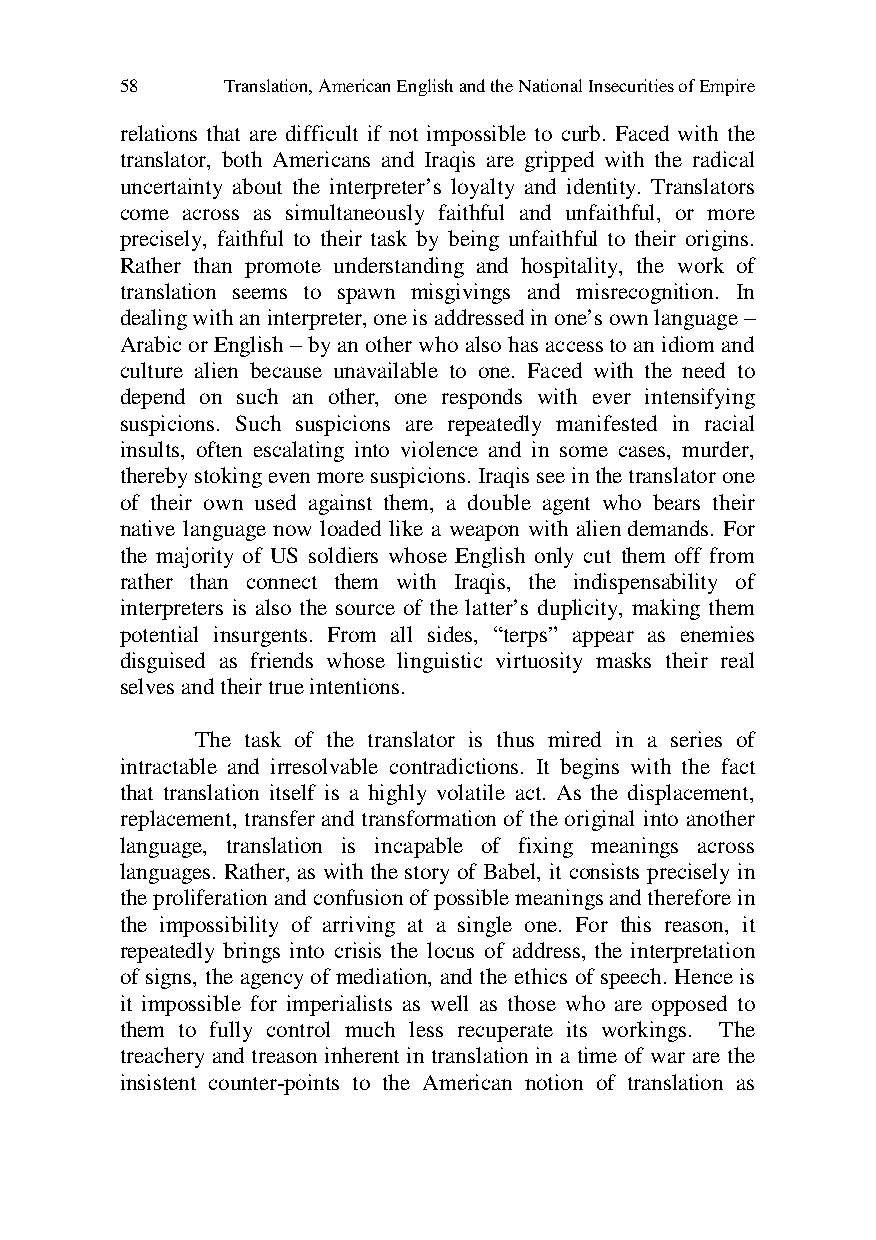
58     Translation, American English and the National Insecurities of Empire
 relations that are difficult if not impossible to curb. Faced with the
 translator, both Americans and Iraqis are gripped with the radical
 uncertainty about the interpreter’s loyalty and identity. Translators
 come across as simultaneously faithful and unfaithful, or more
 precisely, faithful to their task by being unfaithful to their origins.
 Rather than promote understanding and hospitality, the work of
 translation seems to spawn misgivings and misrecognition. In
 dealing with an interpreter, one is addressed in one’s own language –
 Arabic or English – by an other who also has access to an idiom and
 culture alien because unavailable to one. Faced with the need to
 depend on such an other, one responds with ever intensifying
 suspicions. Such suspicions are repeatedly manifested in racial
 insults, often escalating into violence and in some cases, murder,
 thereby stoking even more suspicions. Iraqis see in the translator one
 of their own used against them, a double agent who bears their
 native language now loaded like a weapon with alien demands. For
 the majority of US soldiers whose English only cut them off from
 rather than connect them with Iraqis, the indispensability of
 interpreters is also the source of the latter’s duplicity, making them
 potential insurgents. From all sides, “terps” appear as enemies
 disguised as friends whose linguistic virtuosity masks their real
 selves and their true intentions.
 The task of the translator is thus mired in a series of
 intractable and irresolvable contradictions. It begins with the fact
 that translation itself is a highly volatile act. As the displacement,
 replacement, transfer and transformation of the original into another
 language, translation is incapable of fixing meanings across
 languages. Rather, as with the story of Babel, it consists precisely in
 the proliferation and confusion of possible meanings and therefore in
 the impossibility of arriving at a single one. For this reason, it
 repeatedly brings into crisis the locus of address, the interpretation
 of signs, the agency of mediation, and the ethics of speech. Hence is
 it impossible for imperialists as well as those who are opposed to
 them to fully control much less recuperate its workings. The
 treachery and treason inherent in translation in a time of war are the
 insistent counter-points to the American notion of translation as